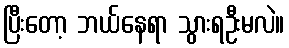
ပြီးတော့ ဘယ်နေရာ သွားရဦးမလဲ။